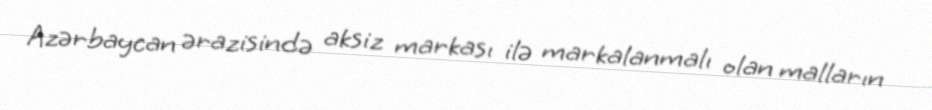
Azərbaycan ərazisində aksiz markası ilə markalanmalı olan malların